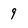
Character: 9